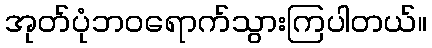
အုတ်ပုံဘဝရောက်သွားကြပါတယ်။